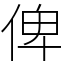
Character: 俾